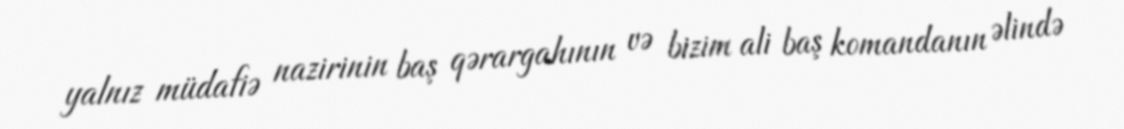
yalnız müdafiə nazirinin baş qərargahının və bizim ali baş komandanın əlində